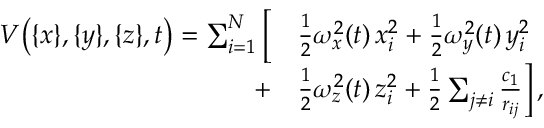
\begin{array} { r l } { V \big ( \{ x \} , \{ y \} , \{ z \} , t \big ) = \sum _ { i = 1 } ^ { N } \Big [ } & { { \textstyle \frac { 1 } { 2 } } \omega _ { x } ^ { 2 } ( t ) \, x _ { i } ^ { 2 } + { \textstyle \frac { 1 } { 2 } } \omega _ { y } ^ { 2 } ( t ) \, y _ { i } ^ { 2 } } \\ { + } & { { \textstyle \frac { 1 } { 2 } } \omega _ { z } ^ { 2 } ( t ) \, z _ { i } ^ { 2 } + { \textstyle \frac { 1 } { 2 } } \sum _ { j \ne i } \frac { c _ { 1 } } { r _ { i j } } \Big ] \, , } \end{array}